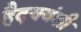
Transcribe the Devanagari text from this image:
हैदयवंशी